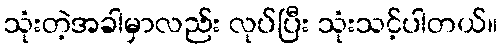
သုံးတဲ့အခါမှာလည်း လုပ်ပြီး သုံးသင့်ပါတယ်။